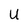
Character: U